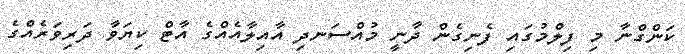
ކަންގްނާ މި ފިލްމުގައި ފެނިގެން ދާނީ މުއްސަނދި އާއިލާއެއްގެ އާޓް ކިޔަވާ ދަރިވަރެއްގެ